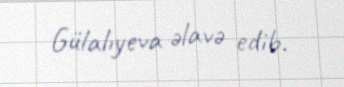
Gülalıyeva əlavə edib.